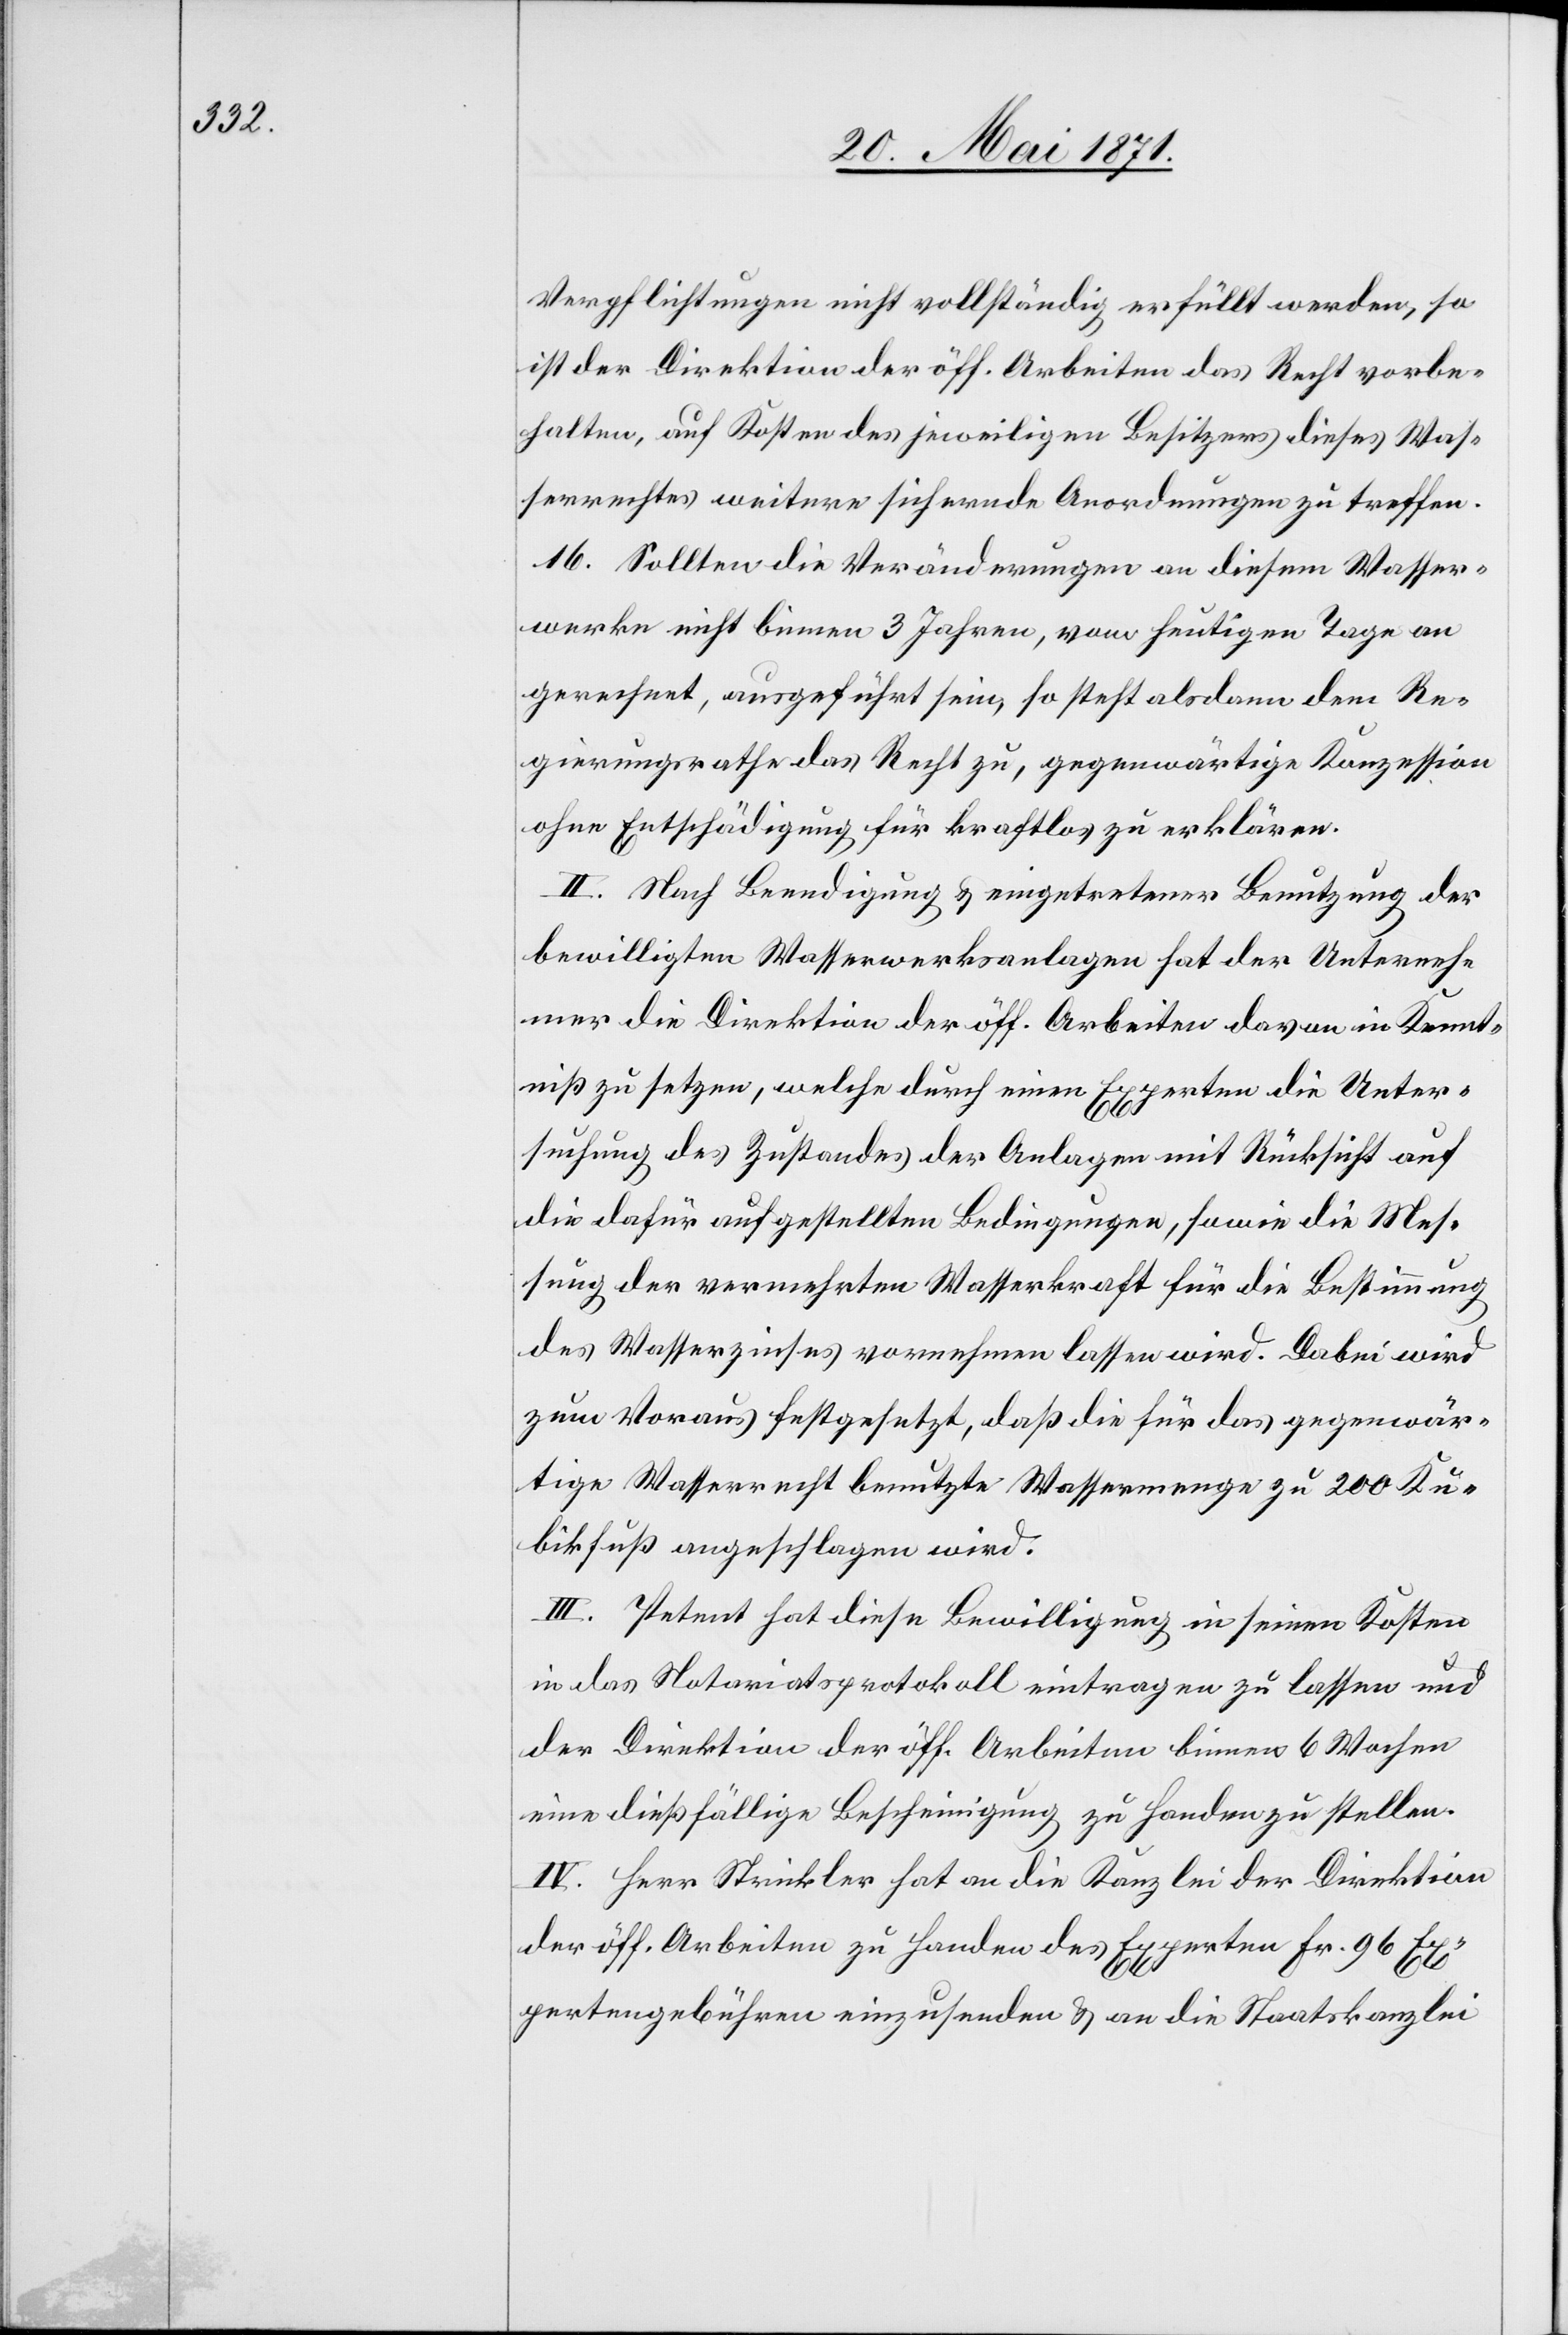
Verpflichtungen nicht vollständig erfüllt werden, so
ist der Direktion der öff. Arbeiten das Recht vorbe¬
halten, auf Kosten des jeweiligen Besitzers dieses Was¬
serrechtes weitere sichernde Anordnungen zu treffen.
16. Sollten die Veränderungen an diesem Wasser¬
werke nicht binnen 3 Jahren, vom heutigen Tage an
gerechnet, ausgeführt sein, so steht alsdann dem Re¬
gierungsrathe das Recht zu, gegenwärtige Konzession
ohne Entschädigung für kraftlos zu erklären.
II. Nach Beendigung u. eingetretener Benutzung der
bewilligten Wasserwerksanlagen hat der Unterneh¬
mer die Direktion der öff. Arbeiten davon in Kennt¬
niß zu setzen, welche durch einen Experten die Unter¬
suchung des Zustandes der Anlagen mit Rücksicht auf
die dafür aufgestellten Bedingungen, sowie die Mes¬
sung der vermehrten Wasserkraft für die Bestimmung
des Wasserzinses vornehmen lassen wird. Dabei wird
zum Voraus festgesetzt, daß die für das gegenwär¬
tige Wasserrecht benutzte Wassermenge zu 200 Ku¬
bikfuß angeschlagen wird.
III. Petent hat diese Bewilligung in seinen Kosten
in das Notariatsprotokoll eintragen zu lassen und
der Direktion der öff. Arbeiten binnen 6 Wochen
eine dießfällige Bescheinigung zu Handen zu stellen.
IV. Herr Strickler hat an die Kanzlei der Direktion
der öff. Arbeiten zu Handen des Experten Fr. 96 Ex¬
pertengebühren einzusenden u. an die Staatskanzlei